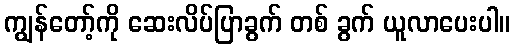
ကျွန်တော့်ကို ဆေးလိပ်ပြာခွက် တစ် ခွက် ယူလာပေးပါ။